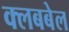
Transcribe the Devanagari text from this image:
क्लबबेल